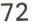
72